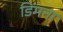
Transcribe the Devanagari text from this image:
डिमना